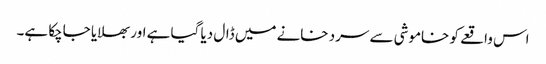
اس واقعے کو خاموشی سے سرد خانے میں ڈال دیا گیا ہے اور بھلایا جاچکا ہے۔